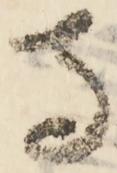
寺